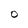
Character: O